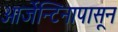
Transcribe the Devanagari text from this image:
आर्जेन्टिनापासून